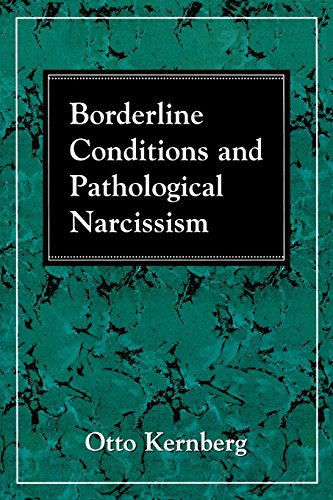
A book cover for Borderline Conditions and Pathological Narcissism (The Master Work Series); Otto F. Kernberg; Health, Fitness & Dieting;